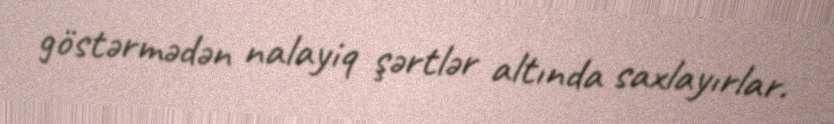
göstərmədən nalayiq şərtlər altında saxlayırlar.